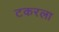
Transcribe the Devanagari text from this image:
टकरला